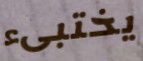
يختبىء